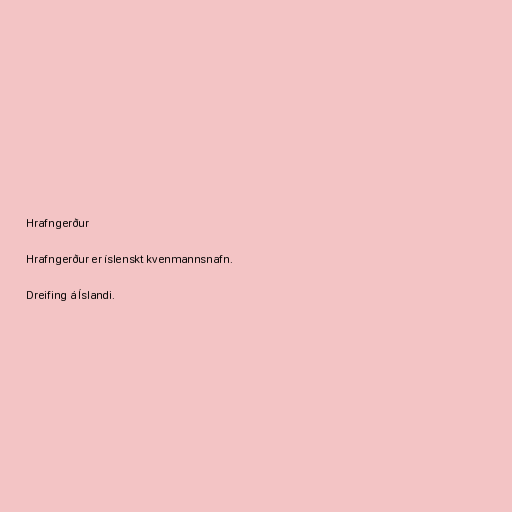
Hrafngerður

Hrafngerður er íslenskt kvenmannsnafn.

Dreifing á Íslandi.